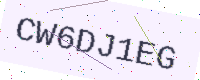
Text: CW6DJ1EG